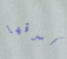
أسرقها